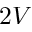
2 V